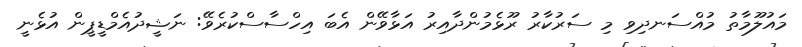
މައުލޫމާތު މުއްސަނދިވި މި ސަރުކާރު ރޫޅެމުންދާއިރު އަޅާވޭން އެބަ އިހްސާސްކުރެވޭ: ނަޝީދުއެމްޑީޕީން އުޅެނީ